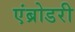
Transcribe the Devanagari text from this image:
एंब्रोडरी